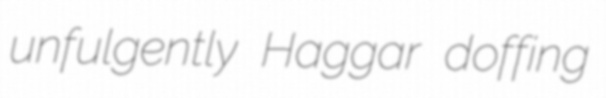
unfulgently Haggar doffing